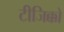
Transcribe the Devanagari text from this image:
टीजिक्को